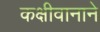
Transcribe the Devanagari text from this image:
कक्षीवानाने